Madras plague regulations and rules - Volume 1
Disease focus: Plague
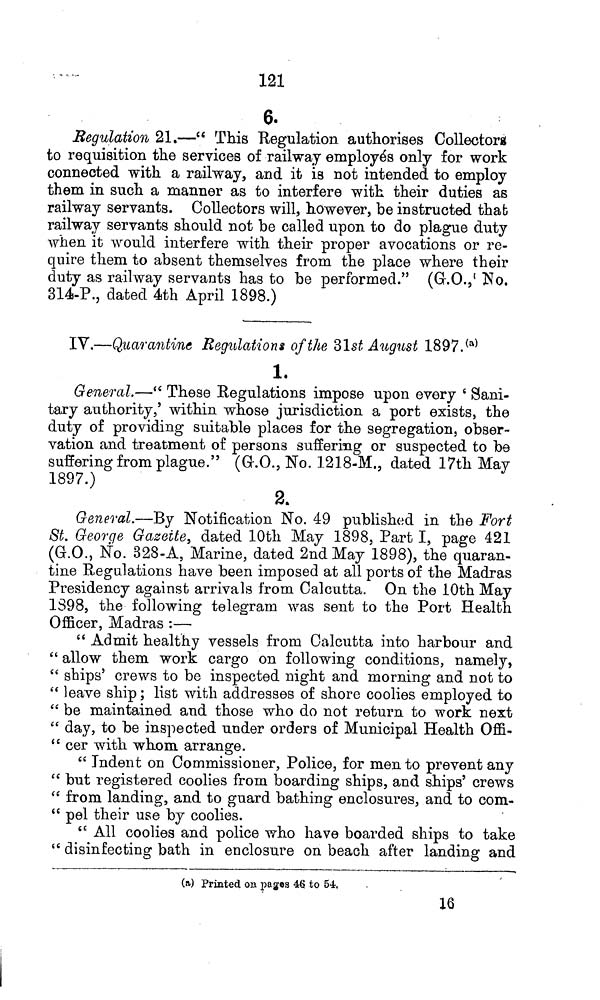
121
6.
Regulation 21.—" This Regulation authorises Collectors
to requisition the services of railway employés only for work
connected with a railway, and it is not intended to employ
them in such a manner as to interfere with their duties as
railway servants. Collectors will, however, be instructed that
railway servants should not be called upon to do plague duty
when it would interfere with their proper avocations or re-
quire them to absent themselves from the place where their
duty as railway servants has to be performed." (G.O., No.
314-P., dated 4th April 1898.)
IV.—Quarantine Regulations of the 31st August 1897. (a)
1.
General.—" These Regulations impose upon every 'Sani-
tary authority,' within whose jurisdiction a port exists, the
duty of providing suitable places for the segregation, obser-
vation and treatment of persons suffering or suspected to be
suffering from plague." (G.O., No. 1218-M,, dated 17th May
1897.)
2.
General.—By Notification No. 49 published in the Fort
St. George Gazette, dated 10th May 1898, Part I, page 421
(G.O., No. 32S-A, Marine, dated 2nd May 1898), the quaran-
tine Regulations have been imposed at all ports of the Madras
Presidency against arrivals from Calcutta. On the 10th May
1398, the following telegram was sent to the Port Health
Officer, Madras :—
" Admit healthy vessels from Calcutta into harbour and
" allow them work cargo on following conditions, namely,
" ships' crews to be inspected night and morning and not to
" leave ship; list with addresses of shore coolies employed to
" be maintained and those who do not return to work next
" day, to be inspected under orders of Municipal Health Offi-
" cer with whom arrange.
" Indent on Commissioner, Police, for men to prevent any
" but registered coolies from boarding ships, and ships' crews
" from landing, and to guard bathing enclosures, and to com-
" pel their use by coolies.
" All coolies and police who have boarded ships to take
" disinfecting bath in enclosure on beach after landing and
(a) Printed on pages 46 to 54.
16